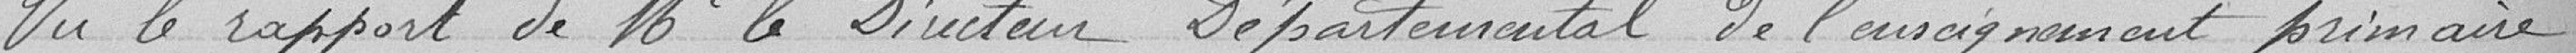
Vu le rapport de Monsieur le Directeur Départemental de l'enseignement primaire,